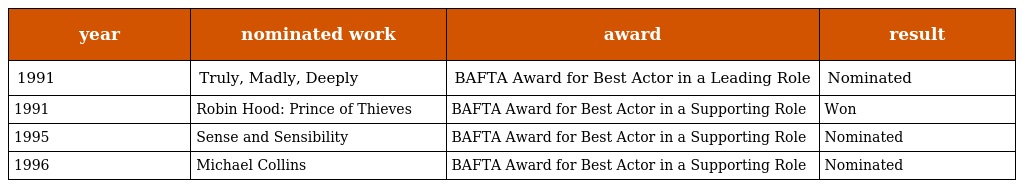
| year | nominated work | award | result |
 | --- | --- | --- | --- |
 | 1991 | Truly, Madly, Deeply | BAFTA Award for Best Actor in a Leading Role | Nominated |
 | 1991 | Robin Hood: Prince of Thieves | BAFTA Award for Best Actor in a Supporting Role | Won |
 | 1995 | Sense and Sensibility | BAFTA Award for Best Actor in a Supporting Role | Nominated |
 | 1996 | Michael Collins | BAFTA Award for Best Actor in a Supporting Role | Nominated |